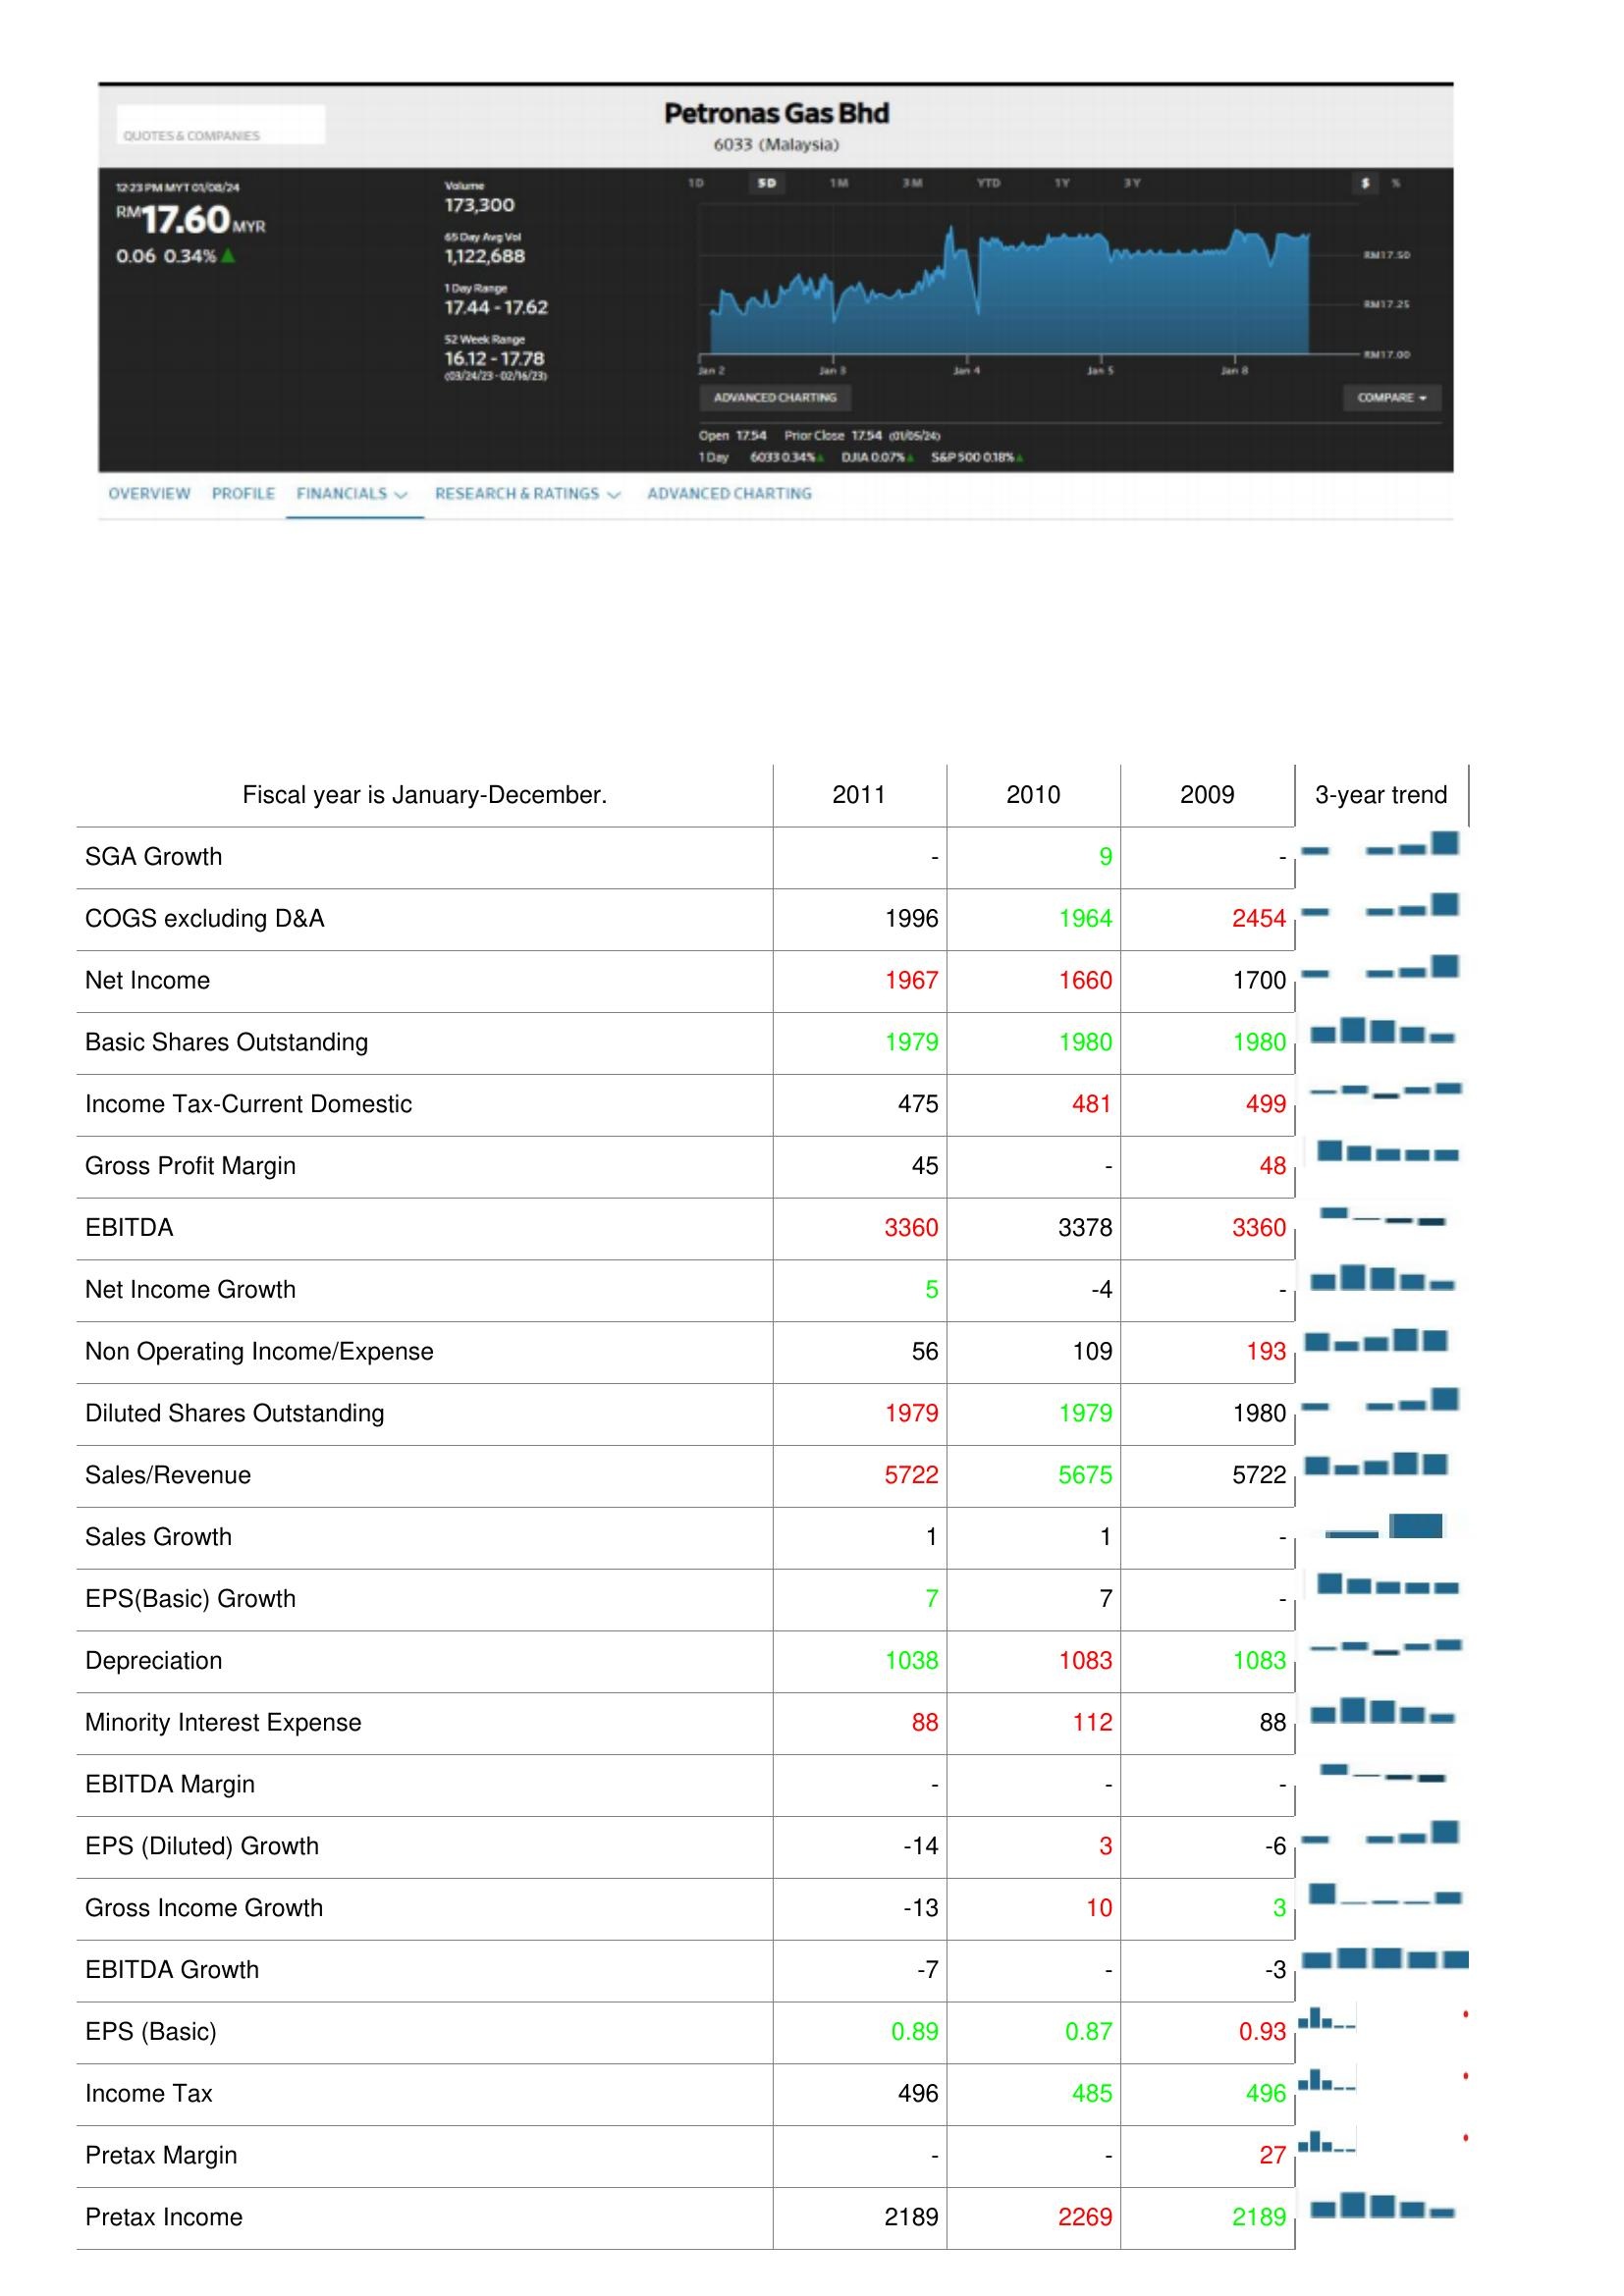
2011: : SGA Growth: -
COGS excluding D&A: 1996
Net Income: 1967
Basic Shares Outstanding: 1979
Income Tax-Current Domestic: 475
Gross Profit Margin: 45
EBITDA: 3360
Net Income Growth: 5
Non Operating Income/Expense: 56
Diluted Shares Outstanding: 1979
Sales/Revenue: 5722
Sales Growth: 1
EPS(Basic) Growth: 7
Depreciation: 1038
Minority Interest Expense: 88
EBITDA Margin: -
EPS (Diluted) Growth: -14
Gross Income Growth: -13
EBITDA Growth: -7
EPS (Basic): 0.89
Income Tax: 496
Pretax Margin: -
Pretax Income: 2189
2010: : SGA Growth: 9
COGS excluding D&A: 1964
Net Income: 1660
Basic Shares Outstanding: 1980
Income Tax-Current Domestic: 481
Gross Profit Margin: -
EBITDA: 3378
Net Income Growth: -4
Non Operating Income/Expense: 109
Diluted Shares Outstanding: 1979
Sales/Revenue: 5675
Sales Growth: 1
EPS(Basic) Growth: 7
Depreciation: 1083
Minority Interest Expense: 112
EBITDA Margin: -
EPS (Diluted) Growth: 3
Gross Income Growth: 10
EBITDA Growth: -
EPS (Basic): 0.87
Income Tax: 485
Pretax Margin: -
Pretax Income: 2269
2009: : SGA Growth: -
COGS excluding D&A: 2454
Net Income: 1700
Basic Shares Outstanding: 1980
Income Tax-Current Domestic: 499
Gross Profit Margin: 48
EBITDA: 3360
Net Income Growth: -
Non Operating Income/Expense: 193
Diluted Shares Outstanding: 1980
Sales/Revenue: 5722
Sales Growth: -
EPS(Basic) Growth: -
Depreciation: 1083
Minority Interest Expense: 88
EBITDA Margin: -
EPS (Diluted) Growth: -6
Gross Income Growth: 3
EBITDA Growth: -3
EPS (Basic): 0.93
Income Tax: 496
Pretax Margin: 27
Pretax Income: 2189